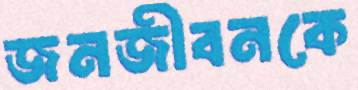
জনজীবনকে